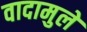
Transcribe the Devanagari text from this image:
वादामुले